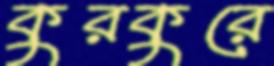
কুরকুরে